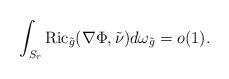
LaTeX: \begin{align*}\int_{S_r}\mathrm{Ric}_{\tilde{g}}(\nabla\Phi,\tilde{\nu})d\omega_{\tilde{g}}=o(1).\end{align*}